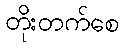
တိုးတက်စေ